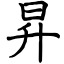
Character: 昇